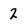
Character: 2